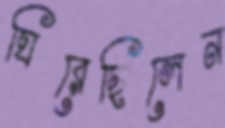
ঘিরেছিলেন